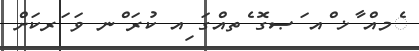
ެމއް ާޚ ްއ ަޞގޮ ެތއްގަ ިއ ކުރަ ްނ ވަ ަރކަށް